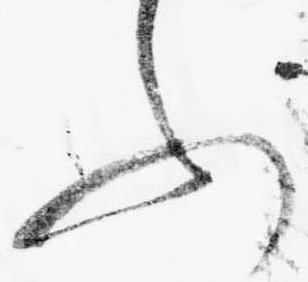
ふ